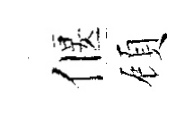
偃頋